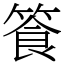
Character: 篒